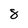
Character: 8